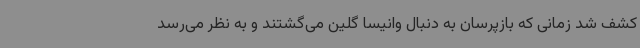
کشف شد زمانی که بازپرسان به دنبال وانیسا گلین می‌گشتند و به نظر می‌رسد